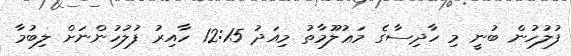
ފުލުހުން ބުނީ މި ހާދިސާގެ މަޢުލޫުމާތު މިއަދު 12:15 ހާއިރު ފުލުހުންނަށް ލިބުމާ